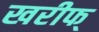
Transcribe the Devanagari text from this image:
खरीफ्